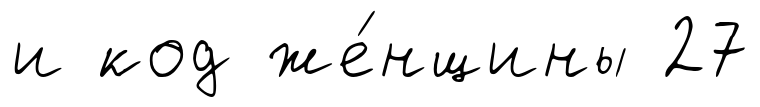
и код же́нщины 27